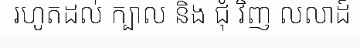
រហូតដល់ ក្បាល និង ជុំ វិញ លលាដ៍